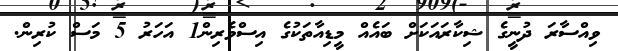
ވިއްސާރަ ދުނީގެ ޝިކާރައަކަށް ބައެއް މީޑިއާތަކުގެ އިސްވެރިން1 އަހަރު 5 މަސް ކުރިން.